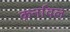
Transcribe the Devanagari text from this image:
कर्नावल